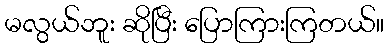
မလွယ်ဘူး ဆိုပြီး ပြောကြားကြတယ်။